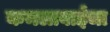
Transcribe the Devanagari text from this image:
कमलाबाईंचा